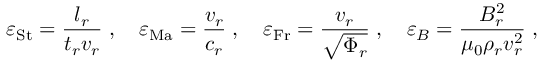
{ \varepsilon } _ { \mathrm { S t } } = \frac { l _ { r } } { t _ { r } v _ { r } } \; , \quad { \varepsilon } _ { \mathrm { M a } } = \frac { v _ { r } } { c _ { r } } \; , \quad { \varepsilon } _ { \mathrm { F r } } = \frac { v _ { r } } { \sqrt { \Phi _ { r } } } \; , \quad { \varepsilon } _ { B } = \frac { B _ { r } ^ { 2 } } { \mu _ { 0 } \rho _ { r } v _ { r } ^ { 2 } } \; ,